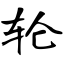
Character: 轮